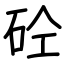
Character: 砼